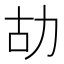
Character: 𠡉